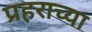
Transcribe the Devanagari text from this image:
प्रहराच्या